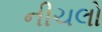
નીચલો